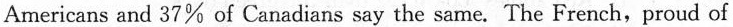
Americans and 37% of Canadians say the same. The French，proud of